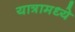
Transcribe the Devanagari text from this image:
यात्रामध्ये